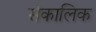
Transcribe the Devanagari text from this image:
संकालिक